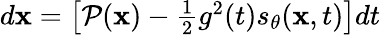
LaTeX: \begin{array}{r}{d\mathbf{x}=\left[\mathcal{P}(\mathbf{x})-\frac{1}{2}g^{2}(t)s_{\theta}(\mathbf{x},t)\right]dt}\end{array}